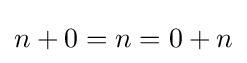
n+0=n=0+n